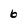
Character: 6